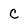
Character: C